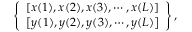
\left\{ \begin{array} { l } { { \left[ x ( 1 ) , x ( 2 ) , x ( 3 ) , \cdots , x ( L ) \right] } } \\ { { \left[ y ( 1 ) , y ( 2 ) , y ( 3 ) , \cdots , y ( L ) \right] } } \end{array} \right\} ,